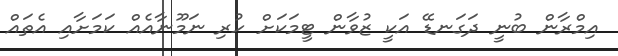
އިމްރާން ބުނީ ދަގަނޑޭ އަކީ ޒުވާން ޓީމަކަށް ހުރި ނަމޫނާއެއް ކަމަށާއި އެތައް